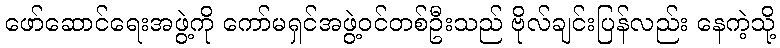
ဖော်ဆောင်ရေးအဖွဲ့ကို ကော်မရှင်အဖွဲ့ဝင်တစ်ဦးသည် ဗိုလ်ချင်းပြန်လည်း နေကဲ့သို့